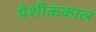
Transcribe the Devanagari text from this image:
पेशीकंकाल